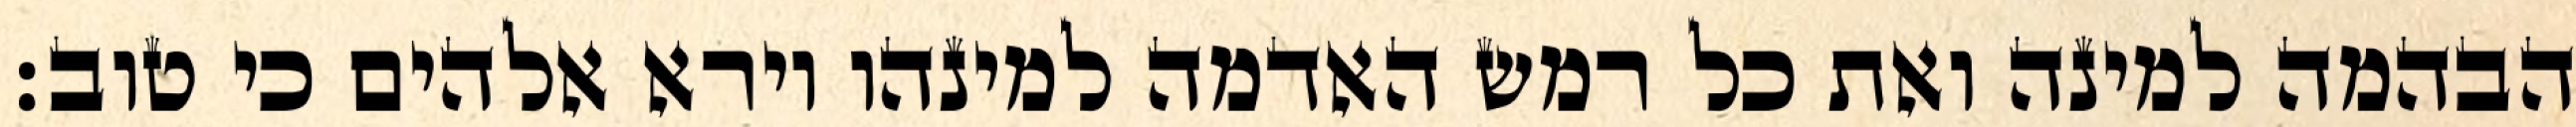
הבהמה למינה ואת כל רמש האדמה למינהו וירא אלהים כי טוב׃